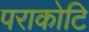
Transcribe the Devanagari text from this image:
पराकोटि